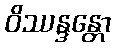
ဝိဿန္ဒန္တော